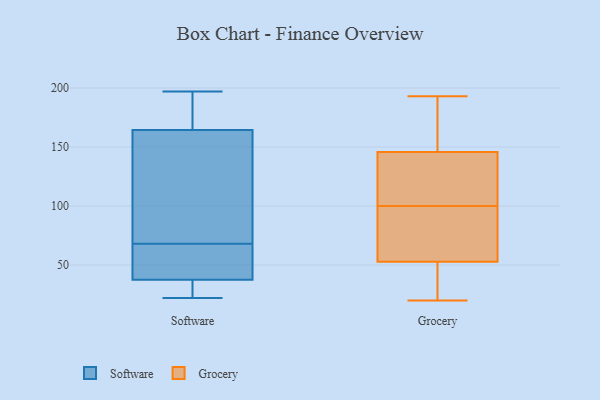
{"axis": {"x": "Latency (ms)", "y": "Value"}, "legend": ["Grocery", "Software"], "data": [{"x": "", "y": 37, "type": "Software"}, {"x": "", "y": 22, "type": "Software"}, {"x": "", "y": 147, "type": "Software"}, {"x": "", "y": 58, "type": "Software"}, {"x": "", "y": 39, "type": "Software"}, {"x": "", "y": 108, "type": "Software"}, {"x": "", "y": 197, "type": "Software"}, {"x": "", "y": 68, "type": "Software"}, {"x": "", "y": 23, "type": "Software"}, {"x": "", "y": 26, "type": "Software"}, {"x": "", "y": 160, "type": "Software"}, {"x": "", "y": 47, "type": "Software"}, {"x": "", "y": 192, "type": "Software"}, {"x": "", "y": 41, "type": "Software"}, {"x": "", "y": 142, "type": "Software"}, {"x": "", "y": 166, "type": "Software"}, {"x": "", "y": 181, "type": "Software"}, {"x": "", "y": 22, "type": "Software"}, {"x": "", "y": 179, "type": "Software"}, {"x": "", "y": 193, "type": "Grocery"}, {"x": "", "y": 31, "type": "Grocery"}, {"x": "", "y": 20, "type": "Grocery"}, {"x": "", "y": 99, "type": "Grocery"}, {"x": "", "y": 73, "type": "Grocery"}, {"x": "", "y": 155, "type": "Grocery"}, {"x": "", "y": 46, "type": "Grocery"}, {"x": "", "y": 115, "type": "Grocery"}, {"x": "", "y": 112, "type": "Grocery"}, {"x": "", "y": 100, "type": "Grocery"}, {"x": "", "y": 22, "type": "Grocery"}, {"x": "", "y": 118, "type": "Grocery"}, {"x": "", "y": 162, "type": "Grocery"}, {"x": "", "y": 169, "type": "Grocery"}, {"x": "", "y": 88, "type": "Grocery"}]}